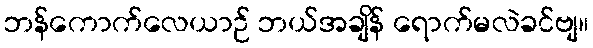
ဘန်ကောက်လေယာဉ် ဘယ်အချိန် ရောက်မလဲခင်ဗျ။